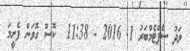
ލަދު ސެޕްޓެމްބަރު 1